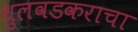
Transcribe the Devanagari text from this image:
धुलवडकराचा